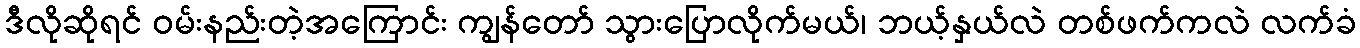
ဒီလိုဆိုရင် ဝမ်းနည်းတဲ့အကြောင်း ကျွန်တော် သွားပြောလိုက်မယ်၊ ဘယ့်နှယ်လဲ တစ်ဖက်ကလဲ လက်ခံ